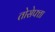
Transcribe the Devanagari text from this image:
तोसेफ्ता